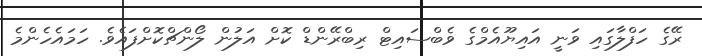
ރޭގެ ހަފްލާގައި ވަނީ އައިޔޫއެމްގެ ވެބްސައިޓް ރިބްރޭންޑް ކޮށް އަލުން ލޯންޗްކޮށްފައެވެ. ހަމައެހެންމެ